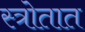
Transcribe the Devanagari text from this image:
स्त्रोतात